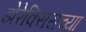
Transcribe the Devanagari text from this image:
झेरेक्सिसच्या